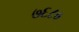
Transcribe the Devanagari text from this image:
७६८०